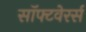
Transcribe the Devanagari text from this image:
सॉफ्टवेरर्स